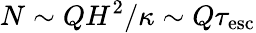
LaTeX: N\sim QH^{2}/\kappa\sim Q\tau_{\mathrm{esc}}